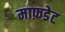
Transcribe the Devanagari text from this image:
माफ़डेट